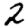
Digit: 2